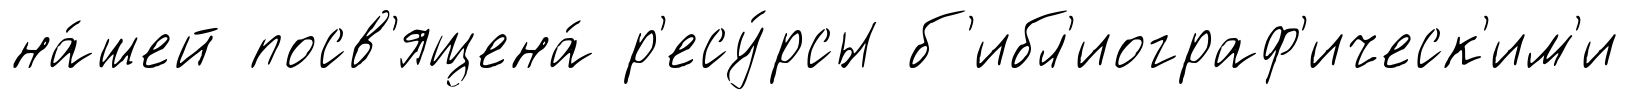
на́шей посв'ящена́ р'есу́рсы б'ибл'иограф'ическ'им'и